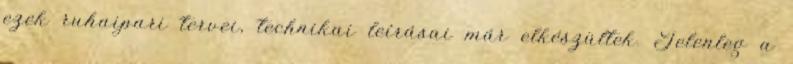
ezek ruhaipari tervei, technikai leírásai már elkészültek. Jelenleg a